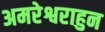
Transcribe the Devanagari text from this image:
अमरेश्वराहुन